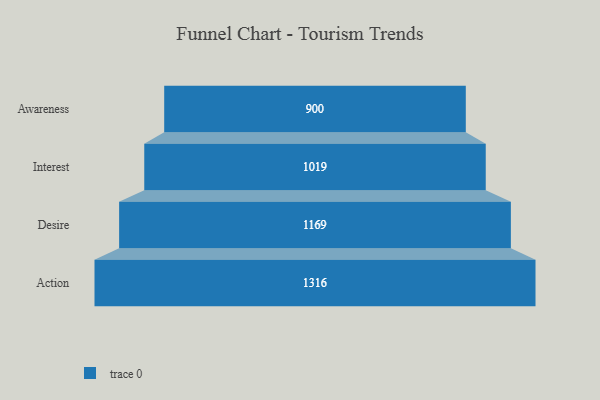
{"axis": {"x": "Stage", "y": "Value"}, "legend": [""], "data": [{"x": "Awareness", "y": 900.0, "type": ""}, {"x": "Interest", "y": 1019.0, "type": ""}, {"x": "Desire", "y": 1169.0, "type": ""}, {"x": "Action", "y": 1316.0, "type": ""}]}